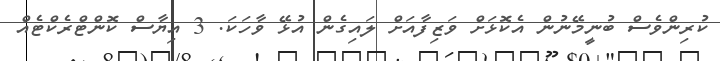
ކުރިންވެސް ބުނީމޭނުން އެކޮޅަށް ވަޒިފާއަށް ލައިގެން އުޅޭ ވާހަކަ. 3 އިޔާސް ކޮންޓްރެކްޓެއް